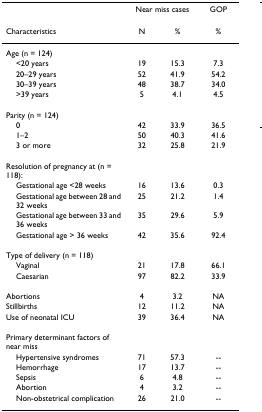
<table><thead><tr><td></td><td colspan="2"><b>Near miss cases</b></td><td><b>GOP</b></td></tr><tr><td><b>Characteristics</b></td><td><b>N</b></td><td><b>%</b></td><td><b>%</b></td></tr></thead><tbody><tr><td>Age (n = 124)</td><td></td><td></td><td></td></tr><tr><td> &lt;20 years</td><td>19</td><td>15.3</td><td>7.3</td></tr><tr><td> 20–29 years</td><td>52</td><td>41.9</td><td>54.2</td></tr><tr><td> 30–39 years</td><td>48</td><td>38.7</td><td>34.0</td></tr><tr><td> &gt;39 years</td><td>5</td><td>4.1</td><td>4.5</td></tr><tr><td>Parity (n = 124)</td><td></td><td></td><td></td></tr><tr><td> 0</td><td>42</td><td>33.9</td><td>36.5</td></tr><tr><td> 1–2</td><td>50</td><td>40.3</td><td>41.6</td></tr><tr><td> 3 or more</td><td>32</td><td>25.8</td><td>21.9</td></tr><tr><td>Resolution of pregnancy at (n = 118):</td><td></td><td></td><td></td></tr><tr><td> Gestational age &lt;28 weeks</td><td>16</td><td>13.6</td><td>0.3</td></tr><tr><td> Gestational age between 28 and 32 weeks</td><td>25</td><td>21.2</td><td>1.4</td></tr><tr><td> Gestational age between 33 and 36 weeks</td><td>35</td><td>29.6</td><td>5.9</td></tr><tr><td> Gestational age &gt; 36 weeks</td><td>42</td><td>35.6</td><td>92.4</td></tr><tr><td>Type of delivery (n = 118)</td><td></td><td></td><td></td></tr><tr><td> Vaginal</td><td>21</td><td>17.8</td><td>66.1</td></tr><tr><td> Caesarian</td><td>97</td><td>82.2</td><td>33.9</td></tr><tr><td>Abortions</td><td>4</td><td>3.2</td><td>NA</td></tr><tr><td>Stillbirths</td><td>12</td><td>11.2</td><td>NA</td></tr><tr><td>Use of neonatal ICU</td><td>39</td><td>36.4</td><td>NA</td></tr><tr><td>Primary determinant factors of near miss</td><td></td><td></td><td></td></tr><tr><td> Hypertensive syndromes</td><td>71</td><td>57.3</td><td>--</td></tr><tr><td> Hemorrhage</td><td>17</td><td>13.7</td><td>--</td></tr><tr><td> Sepsis</td><td>6</td><td>4.8</td><td>--</td></tr><tr><td> Abortion</td><td>4</td><td>3.2</td><td>--</td></tr><tr><td> Non-obstetrical complication</td><td>26</td><td>21.0</td><td>--</td></tr></tbody></table>